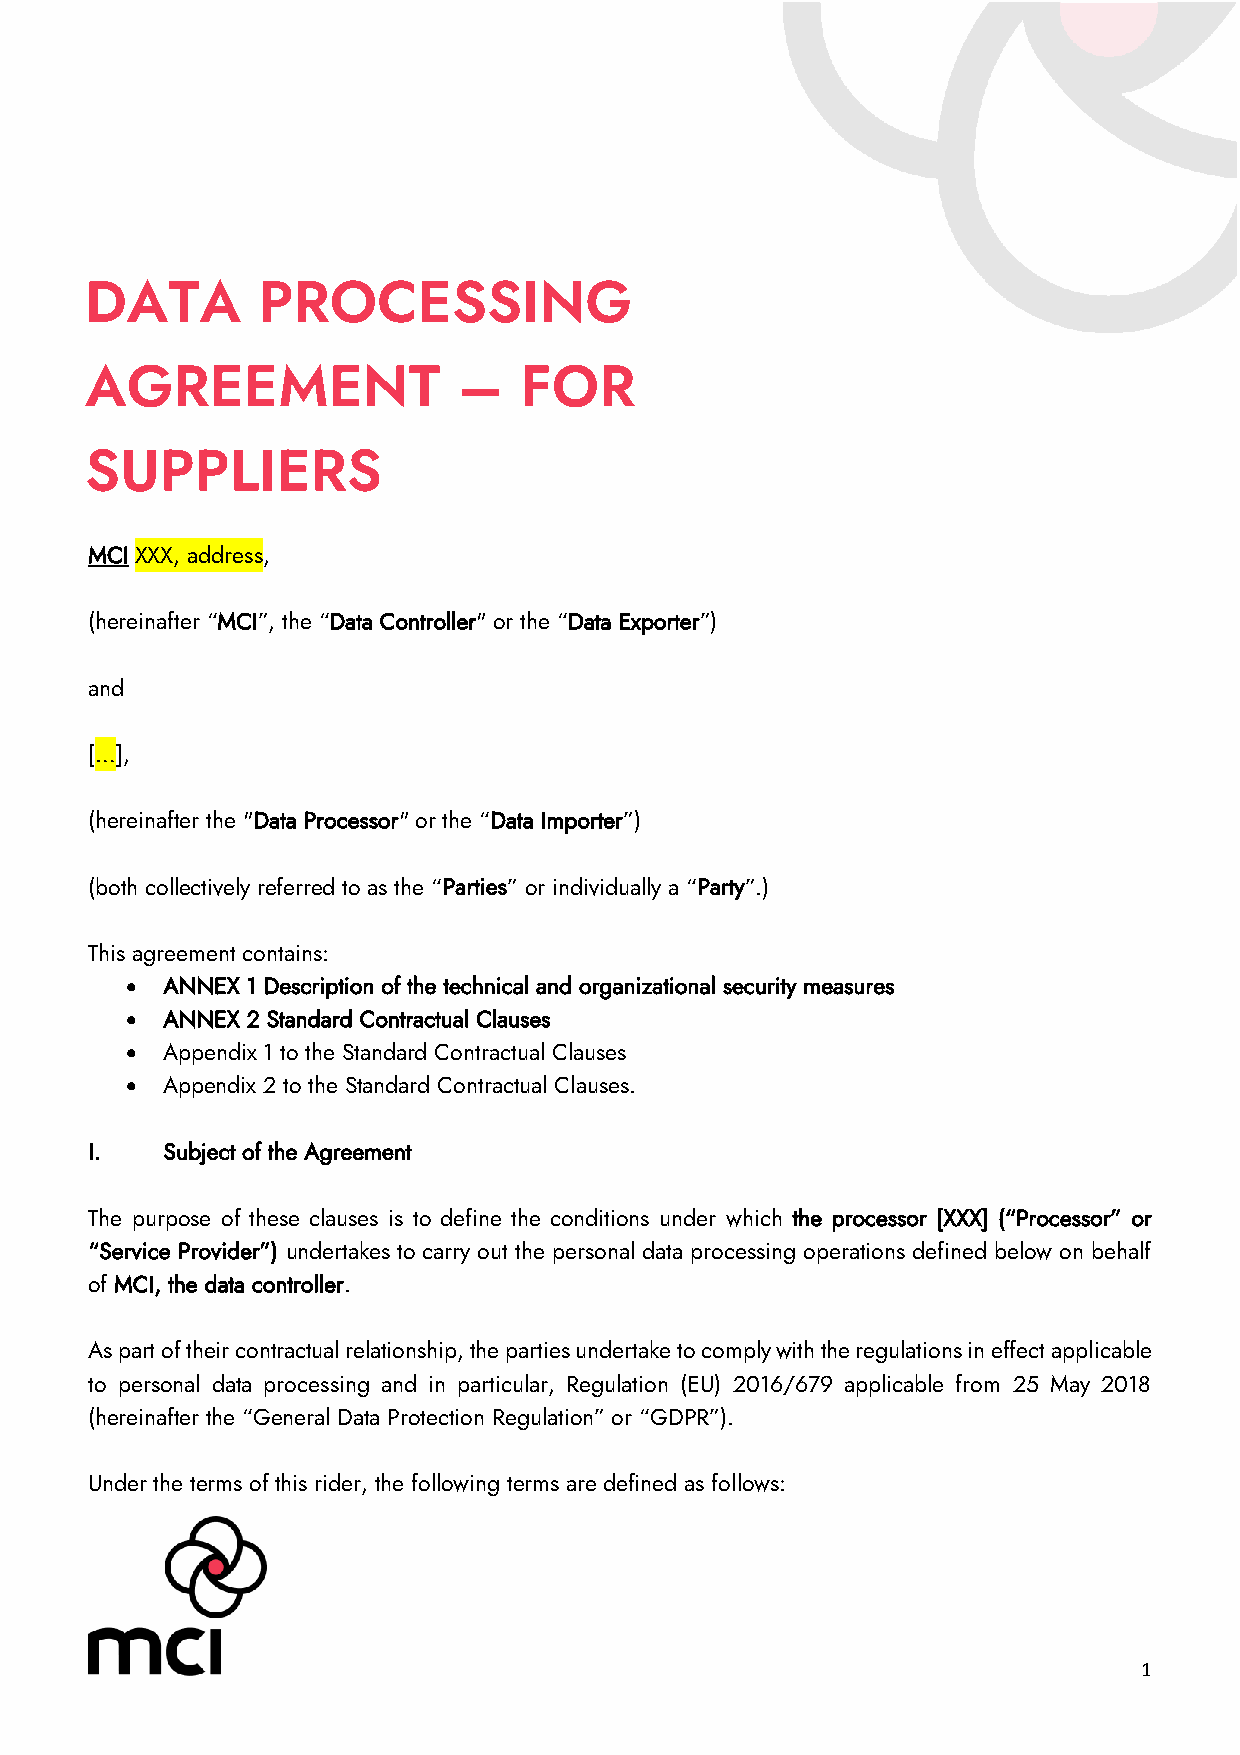
DATA       PROCESSING
 A GREEMENT              –   FOR
 SUPPLIERS
 between
 MCI XXX, address,
 (hereinafter “MCI”, the “Data Controller" or the “Data Exporter”)
 and
 […],
 (hereinafter the "Data Processor" or the “Data Importer”)
 (both collectively referred to as the “Parties” or individually a “Party”.)
 This agreement contains:
 •  ANNEX 1 Description of the technical and organizational security measures
 •  ANNEX 2 Standard Contractual Clauses
 •  Appendix 1 to the Standard Contractual Clauses
 •  Appendix 2 to the Standard Contractual Clauses.
 I.   Subject of the Agreement
 The purpose of these clauses is to define the conditions under which the processor [XXX] (“Processor” or
 “Service Provider”) undertakes to carry out the personal data processing operations defined below on behalf
 of MCI, the data controller.
 As part of their contractual relationship, the parties undertake to comply with the regulations in effect applicable
 to personal data processing and in particular, Regulation (EU) 2016/679 applicable from 25 May 2018
 (hereinafter the “General Data Protection Regulation” or “GDPR”).
 Under the terms of this rider, the following terms are defined as follows:
 1